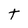
Character: t